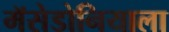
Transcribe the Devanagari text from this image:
मॅसेडोनियाला